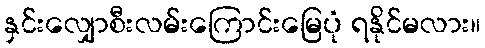
နှင်းလျှောစီးလမ်းကြောင်းမြေပုံ ရနိုင်မလား။